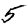
Digit: 5